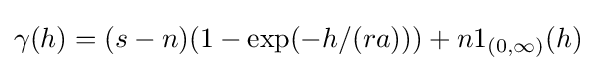
\gamma (h)=(s-n)(1-\exp(-h/(ra)))+n1_{(0,\infty )}(h)